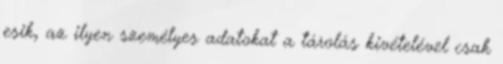
esik, az ilyen személyes adatokat a tárolás kivételével csak